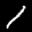
Label: 1